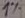
Text: 1%